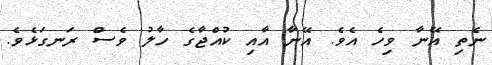
ނެތި އޭނާ ވިހެ އެވެ. އޭނާ އާއި ކުއްޖާގެ ހާލު ވެސް ރަނގަޅެވެ.